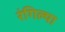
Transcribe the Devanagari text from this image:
रंगिल्या